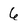
Character: 6